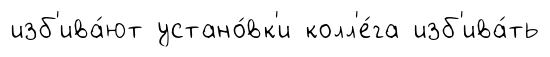
изб'ива́ют устано́вк'и колл'е́га изб'ива́ть